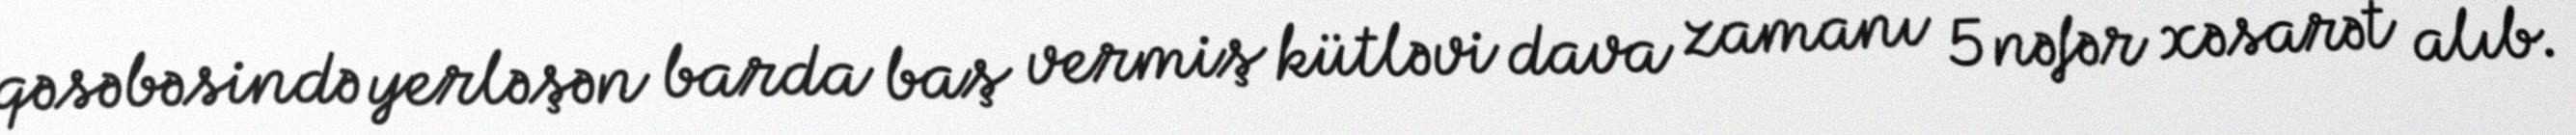
qəsəbəsində yerləşən barda baş vermiş kütləvi dava zamanı 5 nəfər xəsarət alıb.